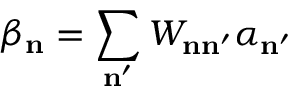
\beta _ { \mathbf { n } } = \sum _ { \mathbf { n } ^ { \prime } } W _ { \mathbf { n } \mathbf { n } ^ { \prime } } \alpha _ { \mathbf { n } ^ { \prime } }